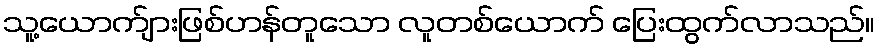
သူ့ယောက်ျားဖြစ်ဟန်တူသော လူတစ်ယောက် ပြေးထွက်လာသည်။